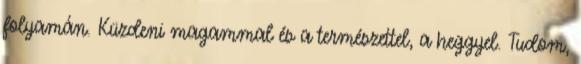
folyamán. Küzdeni magammal és a természettel, a heggyel. Tudom,